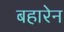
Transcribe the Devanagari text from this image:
बहारेन